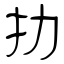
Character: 扐